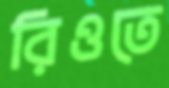
রিওতে